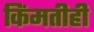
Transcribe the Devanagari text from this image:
किंमतीही